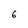
Character: 6